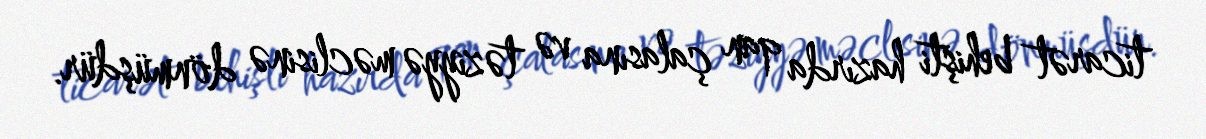
ticarət behişti hazırda qan çalasına və təziyyə məclisinə dönmüşdür.